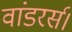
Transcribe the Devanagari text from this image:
वांडरर्स।